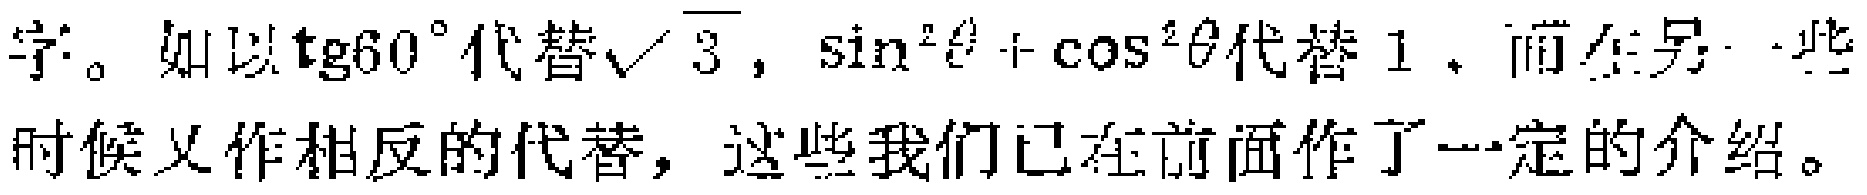
字。如以$\text{tg}60^{\circ}$代替$\sqrt{3}$，$\sin^{2}\theta+\cos^{2}\theta$代替$1$，而在另一些时候又作相反的代替，这些我们已在前面作了一定的介绍。